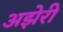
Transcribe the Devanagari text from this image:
अझेरी